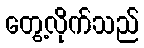
တွေ့လိုက်သည်